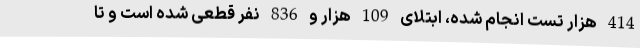
414 هزار تست انجام شده، ابتلای 109 هزار و 836 نفر قطعی شده است و تا